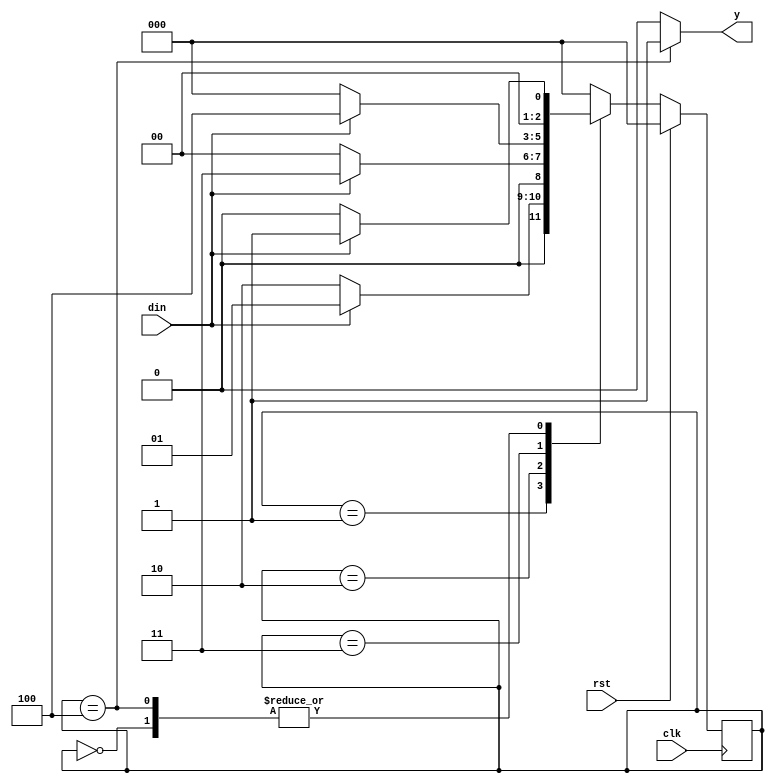
`timescale 1ns / 1ps

module fsm_1011(
    input clk,rst,din,
    output reg y);

parameter	S0=3'b000,
            S1=3'b001,
            S2=3'b010,
            S3=3'b011,
            S4=3'b100;

reg[2:0] cs, nst;

always @(posedge clk)
begin
	if(rst)
		cs<=S0;
	else
		cs<=nst;
end	

always @(cs,din)
begin
	case(cs)
		S0: begin
				if(din==1)
					nst<=S1;
				else
					nst<=S0;
			 end
			 
		S1: begin
				if(din==1)
					nst<=S1;
				else
					nst<=S2;
			 end
			 
		S2: begin
				if(din==1)
					nst<=S3;
				else
					nst<=S0;
			 end
			 
		S3: begin
				if(din==1)
					nst<=S4;
				else
					nst<=S0;
			 end
			 
		S4: begin
				if(din==1)
					nst<=S1;
				else
					nst<=S0;
			 end
		default: nst<=S0;
	endcase
end

always @(cs)
begin
	case(cs)
		S0: y<=0;
		S1: y<=0;
		S2: y<=0;
		S3: y<=0;
		S4: y<=1;
		default: y<=0;
	endcase
end

endmodule